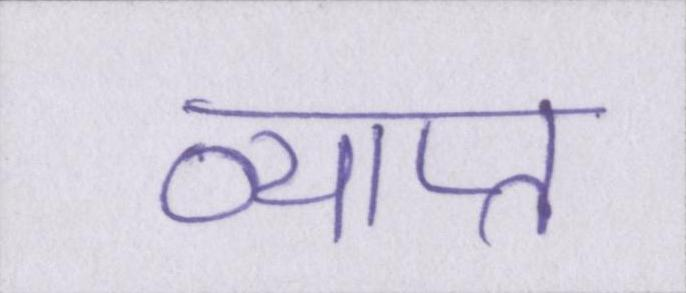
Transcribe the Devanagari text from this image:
व्याप्त